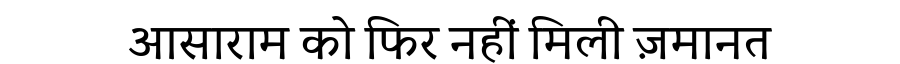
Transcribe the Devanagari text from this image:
आसाराम को फिर नहीं मिली ज़मानत